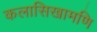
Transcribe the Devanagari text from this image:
कलासिखामणि